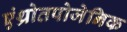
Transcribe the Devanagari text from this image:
एंथ्रोतपोजेनिक